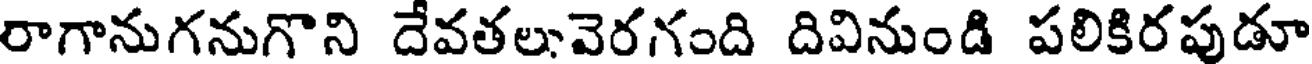
రాగానుగనుగొని దేవతలువెరగంది దివినుండి పలికిరపుడూ